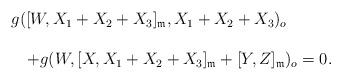
LaTeX: \begin{align*} \begin{array}{lll}&& g([W, X_1+X_2+X_3]_{\frak{m}}, X_1+X_2+X_3)_o\ \\\\&&\ \ \ +g(W, [X,X_1+X_2+X_3]_{\frak{m}}+[Y, Z]_{\frak{m}})_o=0. \end{array}\end{align*}